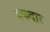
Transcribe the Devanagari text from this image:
गफदार